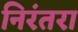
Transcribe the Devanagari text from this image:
निरंतरा